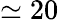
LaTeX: \simeq 20